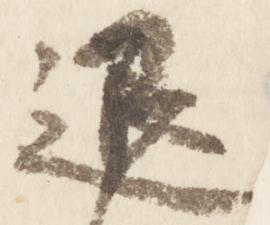
退